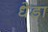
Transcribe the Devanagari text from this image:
धेडा